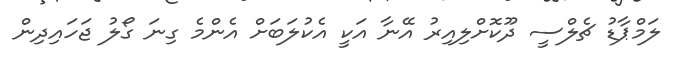
ލަމްޕާޑު ޗެލްސީ ދޫކޮށްލިއިރު އޭނާ އަކީ އެކުލަބަށް އެންމެ ގިނަ ގޯލު ޖަހައިދިން